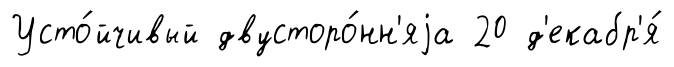
Усто́йчивый двусторо́нн'яjа 20 д'екабр'я́